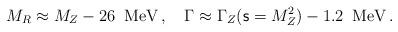
LaTeX: \begin{align*}M_R\approx M_Z-26\,\,\,{\rm MeV}\,,\quad \Gamma\approx\Gamma_Z({\mathsf{s}}=M_Z^2)-1.2\,\,\,{\rm MeV}\, .\end{align*}